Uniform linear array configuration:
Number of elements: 8
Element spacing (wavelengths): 0.25
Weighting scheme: hamming
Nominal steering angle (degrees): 15
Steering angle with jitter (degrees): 14.782
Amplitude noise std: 0.05
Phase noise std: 0.05

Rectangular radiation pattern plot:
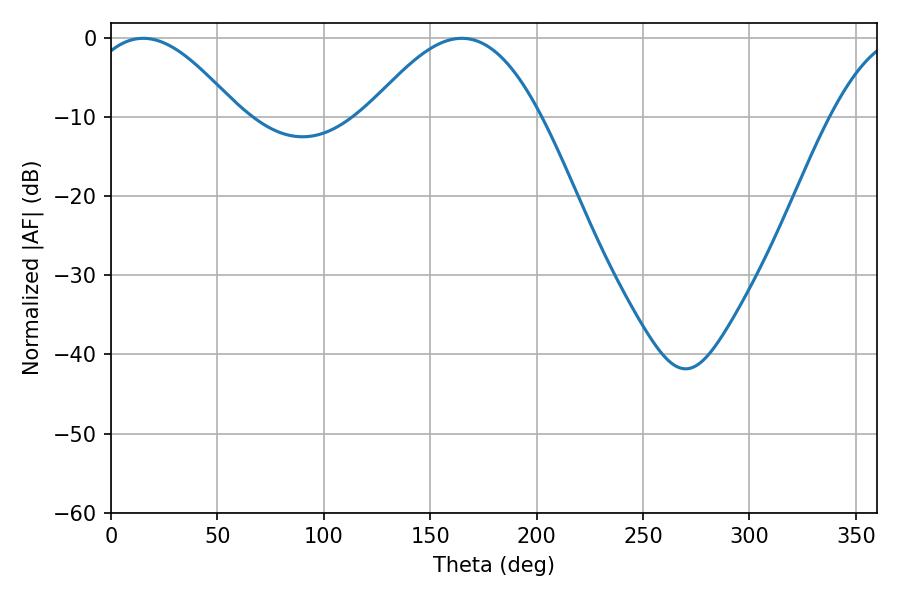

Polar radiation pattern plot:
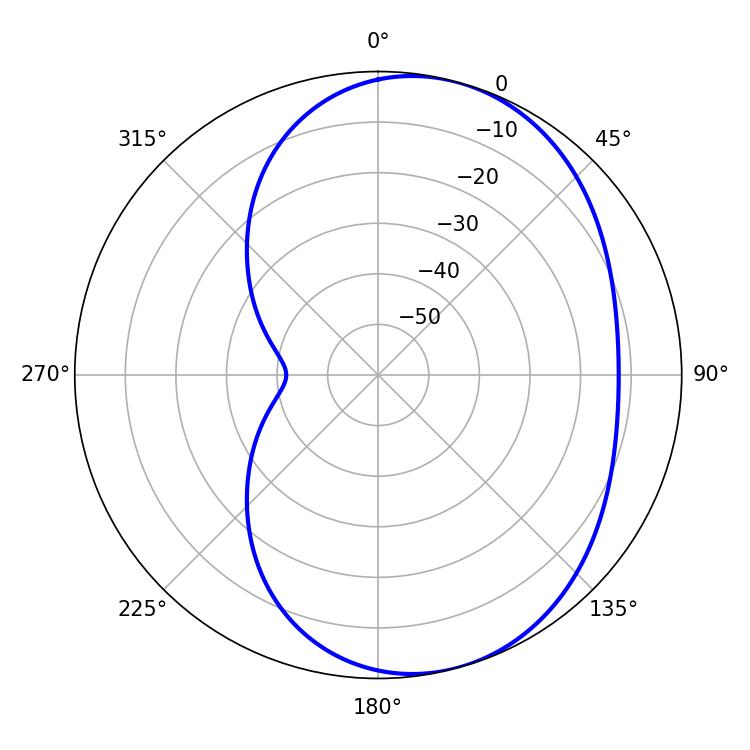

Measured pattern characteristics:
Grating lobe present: FALSE
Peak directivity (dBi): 5.756
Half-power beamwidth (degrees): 38.52
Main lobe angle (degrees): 15.12